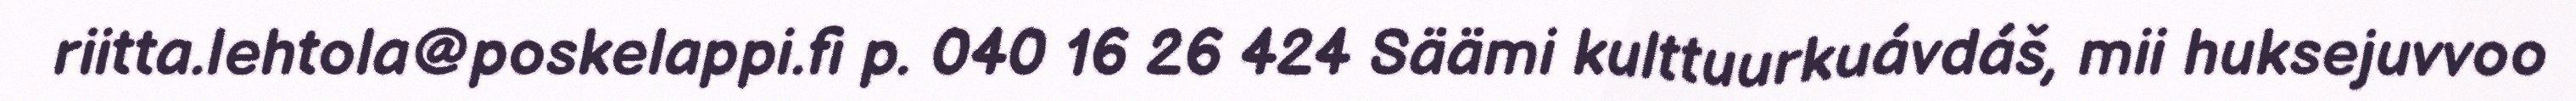
riitta.lehtola@poskelappi.fi p. 040 16 26 424 Säämi kulttuurkuávdáš, mii huksejuvvoo